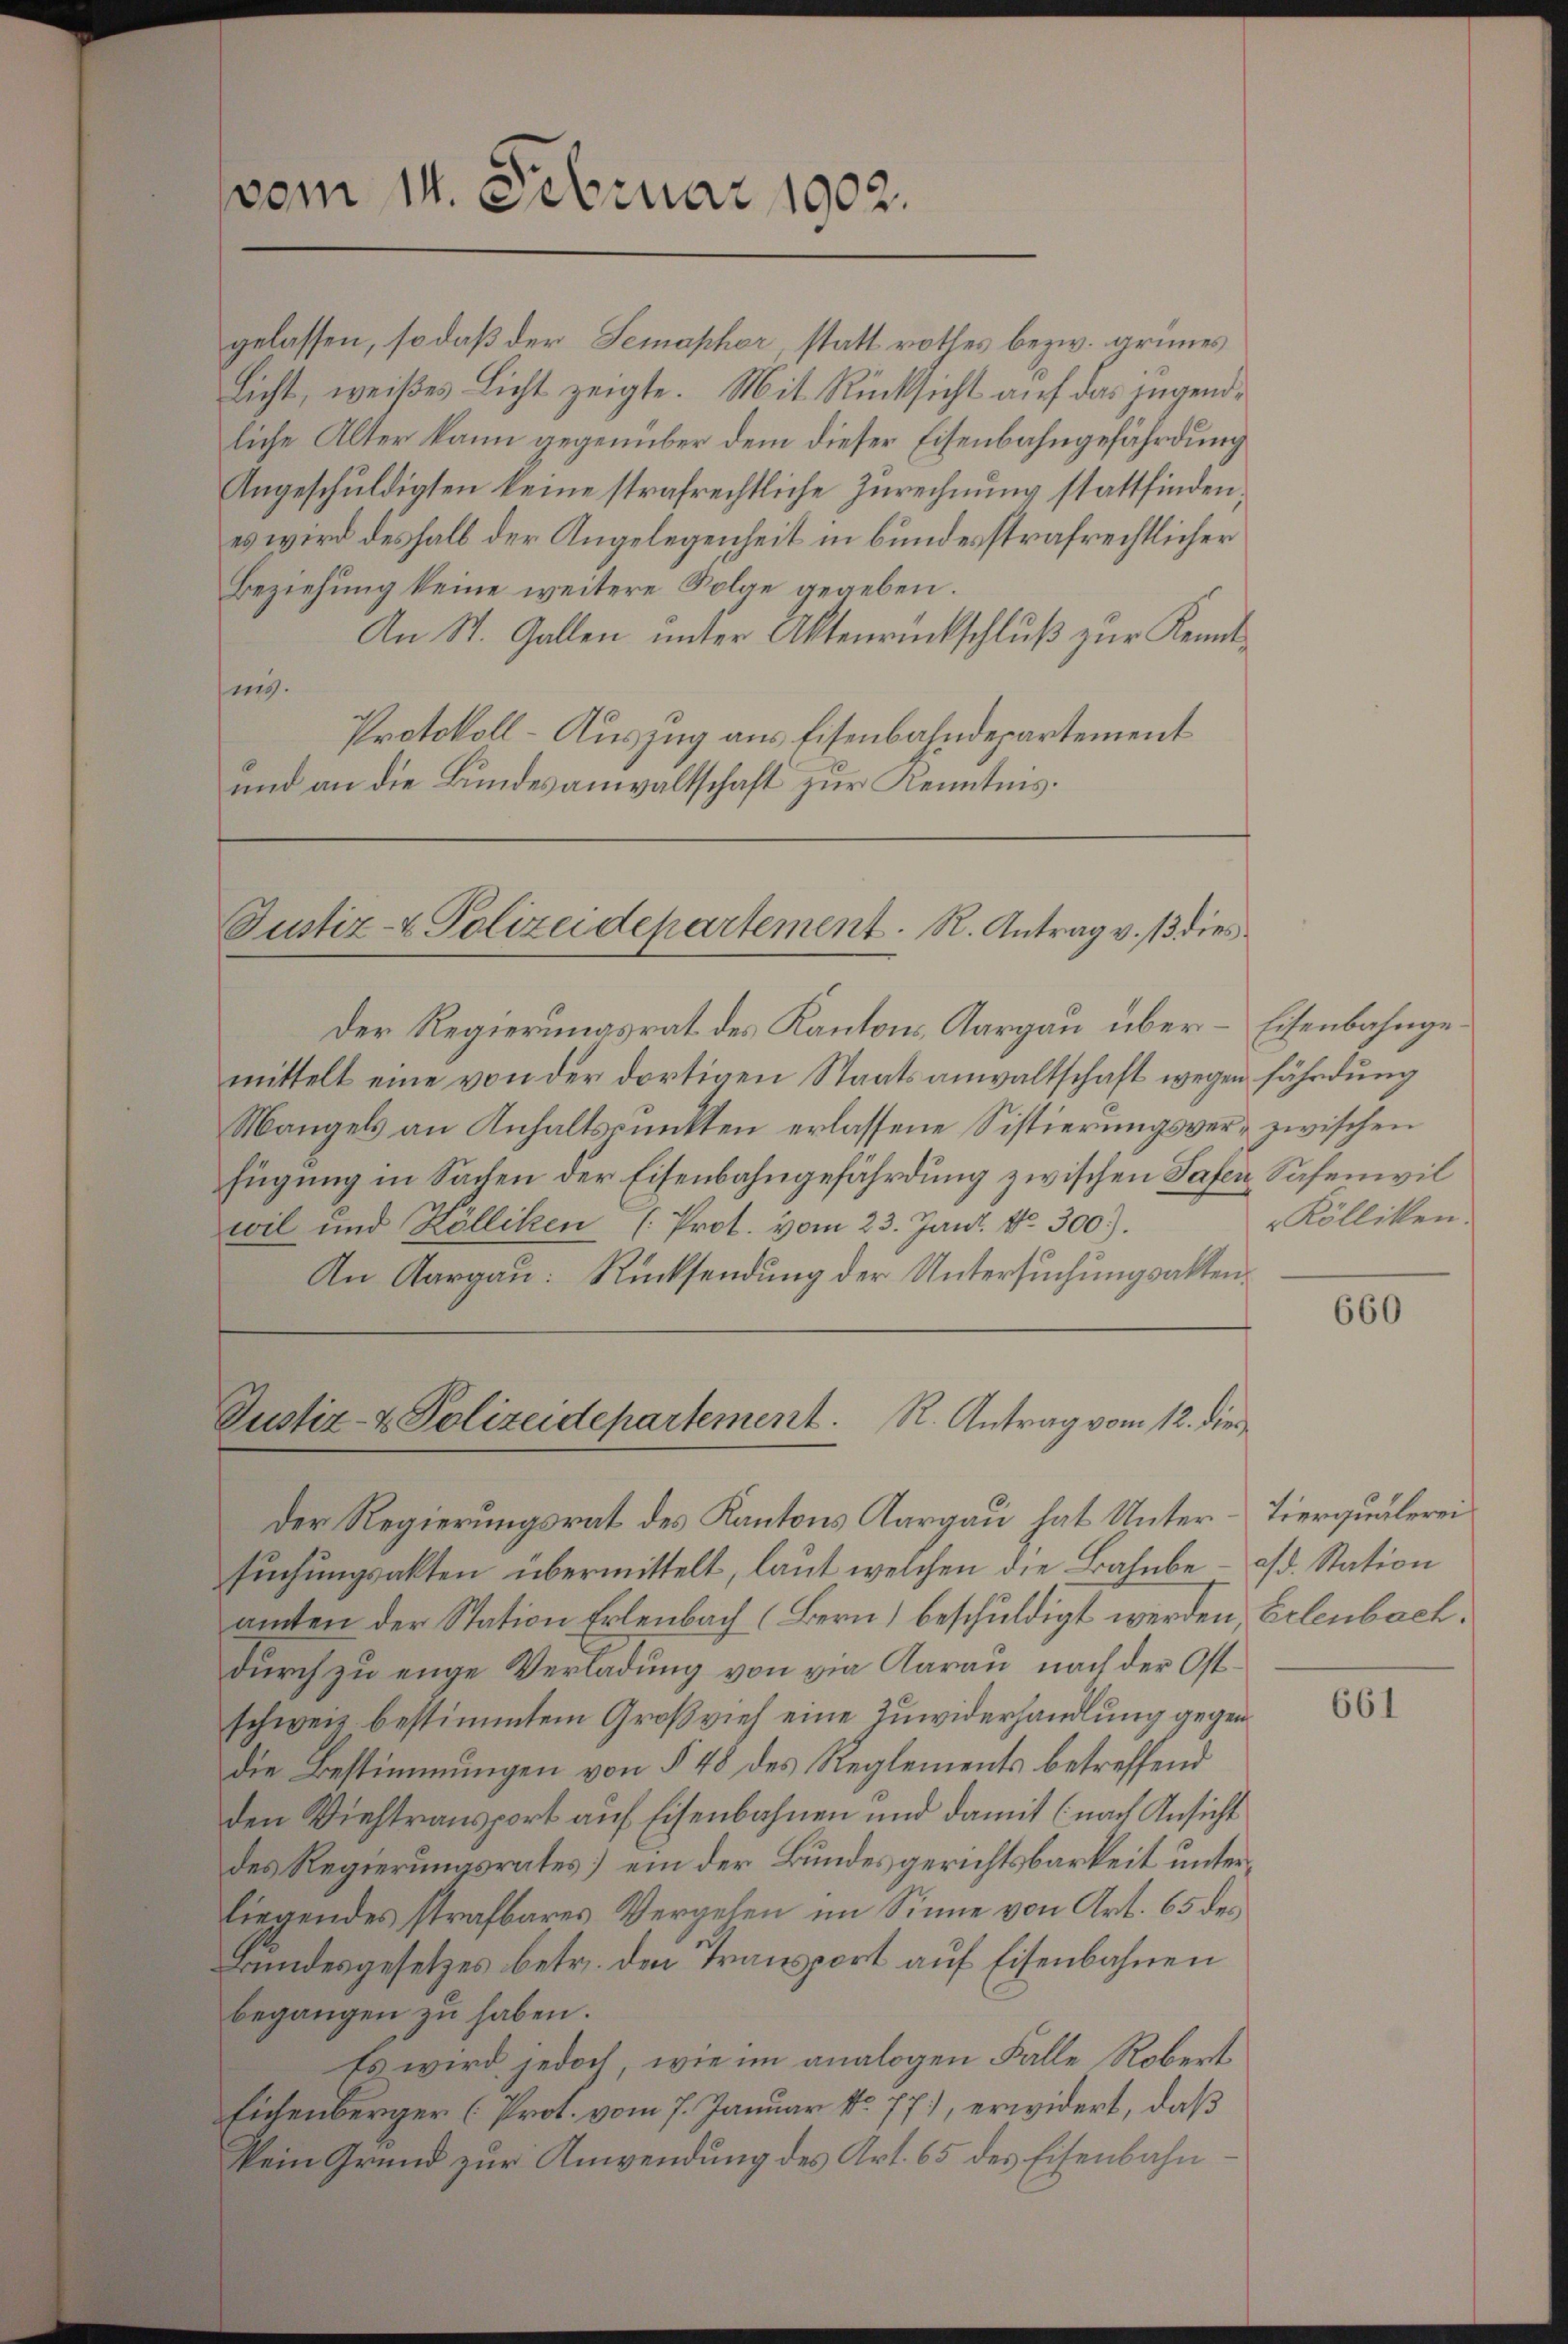
vom 14. Februar 1902.

gelassen, so daß der Semaphor, statt rothes bezw. grünes
Licht, weißes Licht zeigte. Mit Rücksicht auf das jugendliche Alter kann gegenüber dem dieser Eisenbahngefährdung
Angeschuldigten keine strafrechtliche Zurechnung stattfinden
es wird deshalb der Angelegenheit in bundesstrafrechtlicher
Beziehung keine weitere Folge gegeben.
An St. Gallen ŭnter Aktenrückschlŭβ zŭr Kennt-
sing.
Protokoll-Auszug aus Eisenbahndepartement
und an die Bundesanwaltschaft zur Kenntnis.

Justiz- & Polizeidepartement. R. Antrag v. 13 dies

Justiz- & Polizeidepartement. R. Antrag vom 12. dies

Der Regierungsrat des Kantons Aargau über-Eisenbahngemittelt eine von der dortigen Staatsanwaltschaft wegen fährdung
Mangels an Anhaltspunkten erlassene Sistierungsver- zwischen
fügung in Sachen der Eisenbahngefährdung zwischen Safen, Safenwil
wil und Kölliken (Prot. vom 23. Juni. 10 300).
An Aargau: Rücksendung der Untersuchungsakten¬

Der Regierungsrat des Kantons Aargau hat Unter-Tierqualerei
sŭchŭngsakten übermittelt, laut welchen die Bahnbe- a/d. Station
amten der Station Erlenbach (Bern) beschuldigt werden, Erlenbach.
durch zu enge Verladung von die Aarau nach der Ostschweiz bestimmtem Großvieh eine Zuwiderhandlung gegen
die Bestimmungen von § 48 des Reglements betreffend
den Viehtransport auf Eisenbahnen und damit (nach Ansicht
des Regierungsrates] ein der Bundesgerichtsbarkeit unterliegendes strafbares Vergehen im Sinne von Art. 65 des
Bundesgesetzes betr. den Transport auf Eisenbahnen
begangen zu haben.
Es wird jedoch, wie im analogen Falle Robert
Eichenberger (Prot. vom 7. Januar No. 77), erwidert, daß
Pein Grund zur Anwendung des Art. 65 des Eisenbahn¬

Kölliken.

660

661